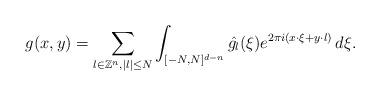
LaTeX: \begin{align*} g(x,y)=\sum_{l\in \mathbb{Z}^n,|l| \leq N}\int_{[-N,N]^{d-n}}\hat{g_l}(\xi) e^{2\pi i(x\cdot \xi+y\cdot l)} \, d\xi.\end{align*}